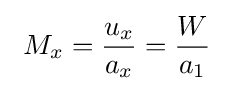
\ M_{x}={\frac {u_{x}}{a_{x}}}={\frac {W}{a_{1}}}